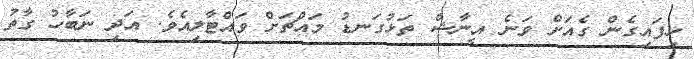
ހިފައިގެން ގެއަށް ވަނެ އީނާޝް ތަޅުގަނޑު މައްޗަށް ވައްޓާލިއެވެ. އަދި ނަބާހު ގާތު